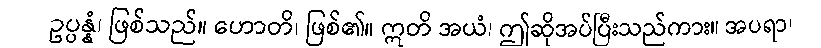
ဥပ္ပန္နံ၊ ဖြစ်သည်။ ဟောတိ၊ ဖြစ်၏။ ဣတိ အယံ၊ ဤဆိုအပ်ပြီးသည်ကား။ အပရာ၊